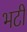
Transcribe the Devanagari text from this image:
भटी